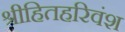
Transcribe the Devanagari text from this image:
श्रीहितहरिवंश